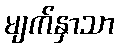
မျက်နှာသာ